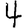
Digit: 4